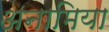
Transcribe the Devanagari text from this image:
अनामिया